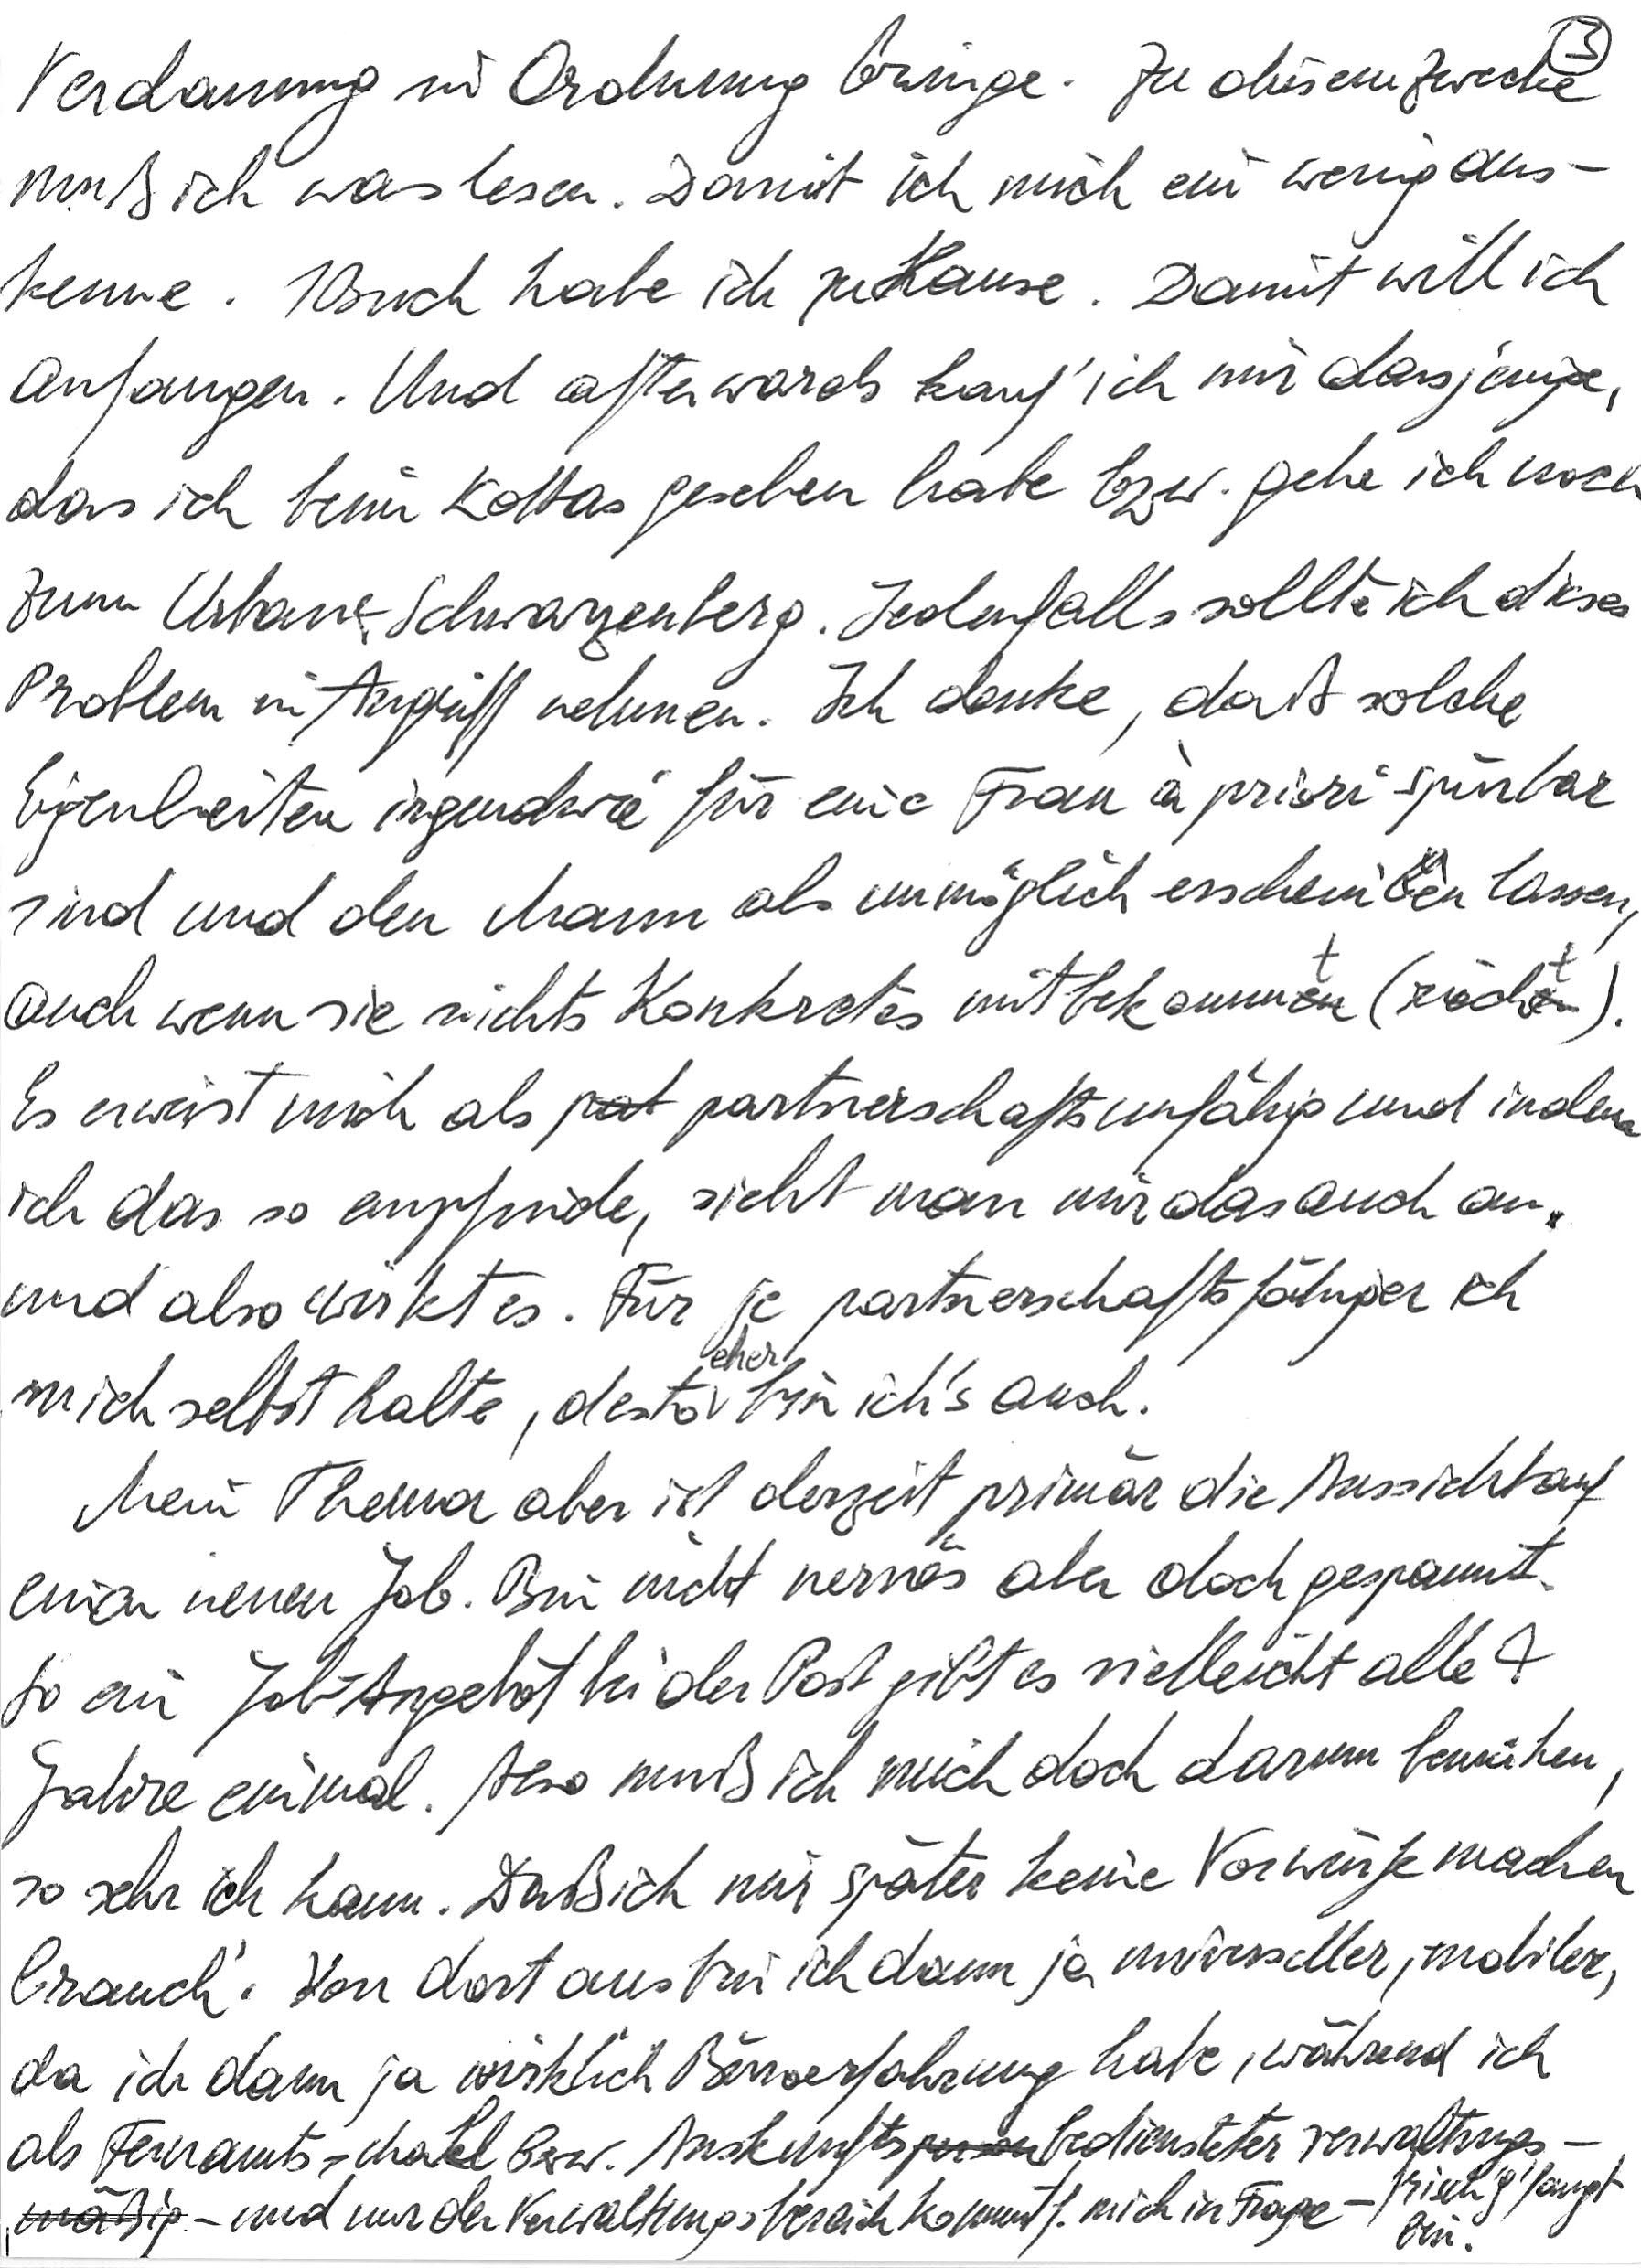
Verdauung in Ordnung bringe. Zu diesem Zwecke
muß ich was lesen. Damit ich mich ein wenig aus-
kenne. 1 Buch habe ich zu Hause. Damit will ich
anfangen. Und afterwards kauf‘ ich mir dasjenige,
das ich beim Kottas gesehen habe bzw. gehe ich noch
zum Urban & Schwarzenberg. Jedenfalls sollte ich dieses
Problem in Angriff nehmen. Ich denke, daß solche
Eigenheiten irgendwie für eine Frau à priori spürbar
sind und den Mann als unmöglich erscheinen lassen,
auch wenn sie nichts Konkretes mitbekommt (riecht).
Es erweist mich als partnerschaftsunfähig und indem
ich das so empfinde, sieht man mir das auch an
und also wirkt es. Für je partnerschaftsfähiger ich
mich selbst halte, desto eher bin ich’s auch.
Mein Thema aber ist derzeit primär die Aussicht auf
einen neuen Job. Bin nicht nervös aber doch gespannt.
So ein Job-Angebot bei der Post gibt es vielleicht alle 4
Jahre einmal. Also muß ich mich doch darum bemühen,
so sehr ich kann. Daß ich mir später keine Vorwürfe machen
brauch‘. Von dort aus bin ich dann ja universeller, mobiler,
da ich dann ja wirklich Büroerfahrung habe, während ich
als Fernamtsschakl bzw. Auskunftsbediensteter verwaltungs-
mäßig – und nur der Verwaltungsbereich kommt f. mich in Frage – frisch g’fangt
bin.